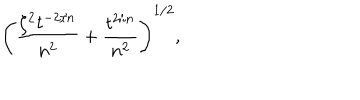
\left( \frac { \zeta ^ { 2 } t ^ { - 2 / n } } { n ^ { 2 } } + \frac { t ^ { 2 / n } } { n ^ { 2 } } \right) ^ { 1 / 2 } ,